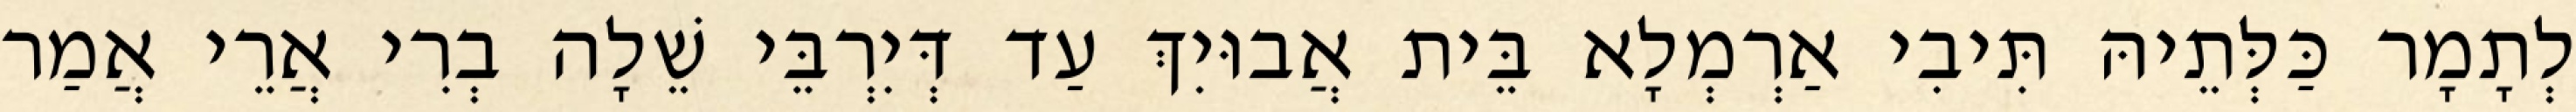
לְתָמָר כַּלְּתֵיהּ תִּיבִי אַרְמְלָא בֵּית אֲבוּיִךְ עַד דְּיִרְבֵּי שֵׁלָה בְרִי אֲרֵי אֲמַר